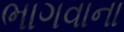
ભાગવાના